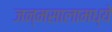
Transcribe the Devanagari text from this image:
जन्मसालामध्ये